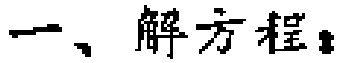
一、解方程：